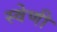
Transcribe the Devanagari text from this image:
स्वेणी